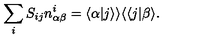
\sum _ { i } S _ { i j } n _ { \alpha \beta } ^ { i } = \langle \alpha | j \rangle \rangle \langle \langle j | \beta \rangle .